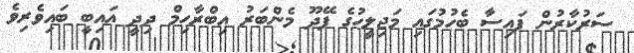
ސަރުކާރުން ފައިސާ ބެހުމުގައި މަޖިލީހުގެ ފޭދޫ މެންބަރު އިބްރާހިމް ދިދީ އައިބީ ބައިވެރިވެ